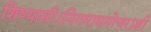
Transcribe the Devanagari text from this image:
शिष्यासी।निगमाद्यगोचराशी